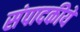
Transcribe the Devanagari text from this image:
संपादकीये